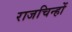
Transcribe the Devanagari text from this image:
राजचिन्हों